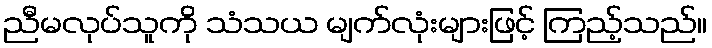
ညီမလုပ်သူကို သံသယ မျက်လုံးများဖြင့် ကြည့်သည်။